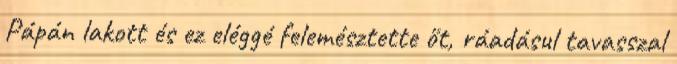
Pápán lakott és ez eléggé felemésztette őt, ráadásul tavasszal